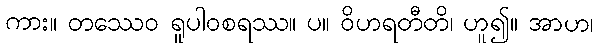
ကား။ တဿေဝ ရူပါဝစရဿ။ ပ။ ဝိဟရတီတိ၊ ဟူ၍။ အာဟ၊